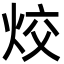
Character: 烄